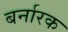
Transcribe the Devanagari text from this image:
बर्नारक